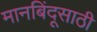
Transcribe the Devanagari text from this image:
मानबिंदूसाठी